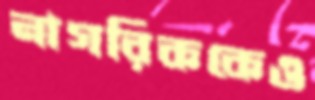
নাগরিককেও